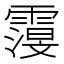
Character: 𮦬